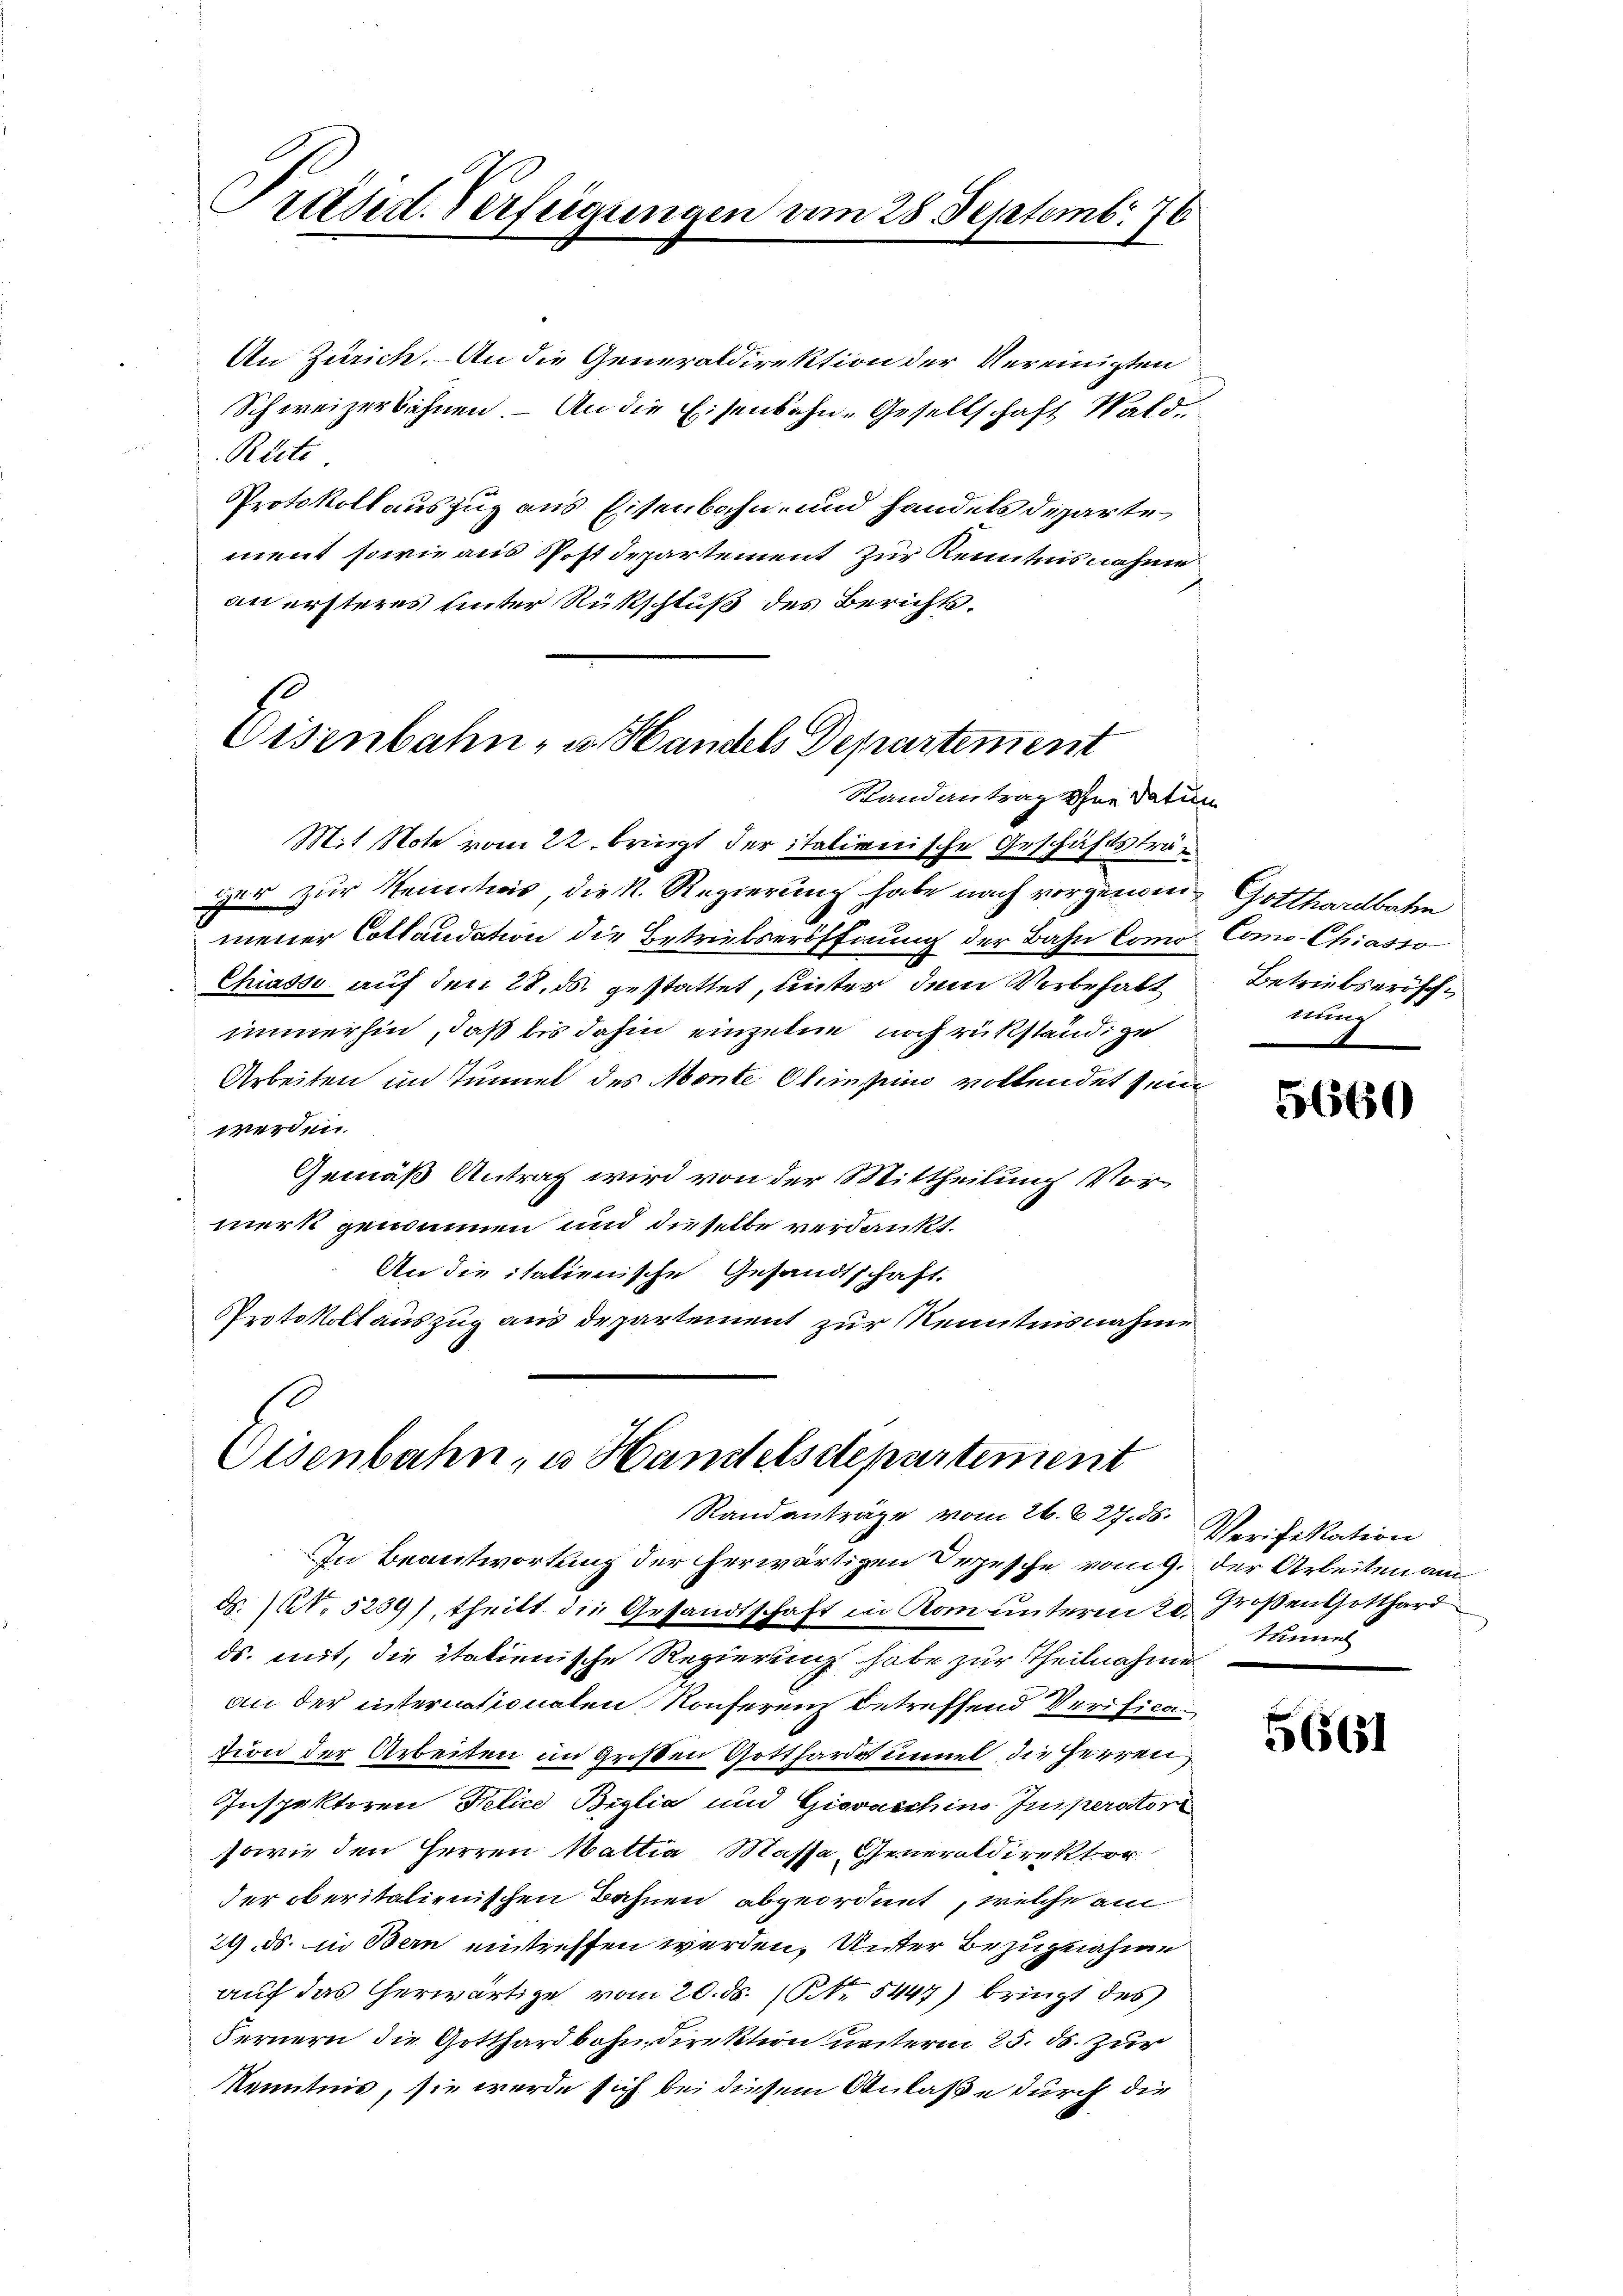
Präsid. Verfeigungen vom 28. Septembr 76

An Zürich. - An die Generaldirektion der Vereinigten
Schweizerbahnen. – An die Eisenbahn-Gesellschaft Wald.
Riete
Protokoll auszug aus Eisenbahn- und handels departe
ment sowie aus Postdepartement zur Kenntnisnahme
an ersteres unter Rückschluß des Berichts.
Randantrag ohne Datum
Mit Note vom 22. bringt der italienische Geschäftsträur zur Kenntions, die K. Regierung habe nach vorgewiemener Collaudation die Betriebseröffnung der Bahn Como¬
Chiasso auf den 28. ds. gestattet, unter dem Vorbehalt
immerhin, daß bis dahin einzelne noch rükständige
Arbeiten im Tunnel des Monte Climpino vollendet sein
werden.
Gemäß Antrag wird von der Mittheilung Vormerk genommen und dieselbe verdankt.
An die itationische Gesandtschaft.
Protokoll auszug aus departement zur Kenntnisnahme

Eisenbahn- u. Handels Departement

Eisenbahn, u. Handelsdepartement
Randanträge vom 26. d. 2. ds.

In Beantwortung der herwärtigen Depesche vom 9. der Arbeiten am
d. No 5239), theilt die Gesandtschaft in Rom unteren 20. Großen Gotthard
ds. mit, die italienische Regierung habe zur Theilnahme
an der internationalen Konferenz betreffend Verification der Arbeiten in Großen Gotthardsummel die Herren
Inspektoren Delice Biglia und Giovaschine Insperator
sowie den Herren Mattia, Massa Generaldirektor
der oberitalienischen Bahnen abgeordnet, welche am
24. ds. in Bern eintreffen werden, Unter Bezugnahme
auf das erwärtige vom 20. ds. (Nr. 5447) bringt des
Fernern die Gotthardbahndirektion unterm 25. ds. zur
Kenntnis, sie werde sich bei diesem Anlaße durch die

Gotthardbahn
Como Chiasso
Betriebserösch
nung

56560

Verifikation
Mannel

5661